Senior Leaving Certificate, 1943, 1943
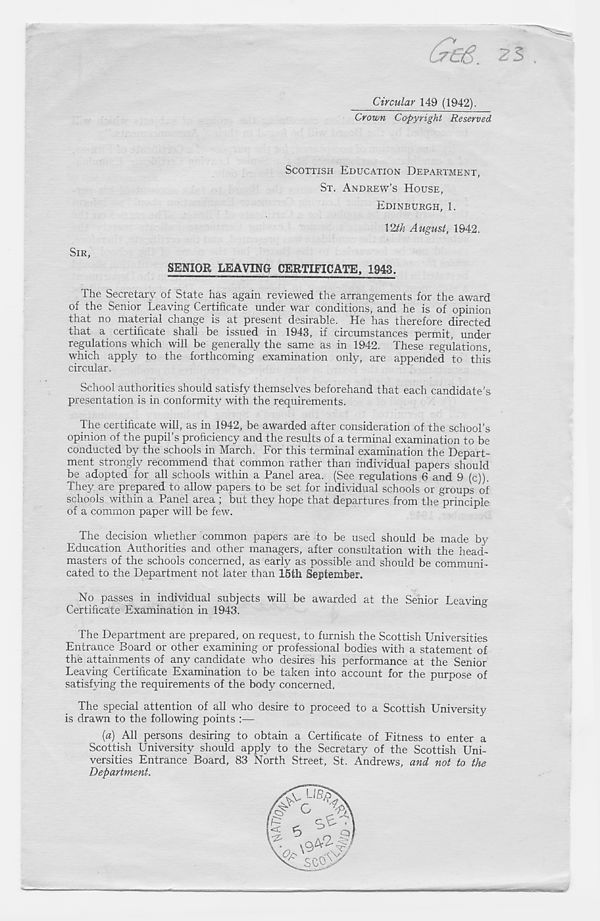
V
Circular 149 (1942).
Crown Copyright Reserved
SCOTTISH EDUCATION DEPARTMENT,
ST. ANDREW’S HOUSE,
EDINBURGH, 1.
12th August, 1942.
SIR,
SENIOR LEAVING CERTIFICATE, 1943.
The Secretary of State has again reviewed the arrangements for the award
of the Senior Leaving Certificate under war conditions, and he is of opinion
that no material change is at present desirable. He has therefore directed
that a certificate shall be issued in 1943, if circumstances permit, under
regulations which will be generally the same as in 1942. These regulations,
which apply to the forthcoming examination only, are appended to this
circular.
School authorities should satisfy themselves beforehand that each candidate’s
presentation is in conformity with the requirements.
The certificate will, as in 1942, be awarded after consideration of the school’s
opinion of the pupil’s proficiency and the results of a terminal examination to be
conducted by the schools in March. For this terminal examination the Depart-
ment strongly recommend that common rather than individual papers should
be adopted for all schools within a Panel area. (See regulations 6 and 9 (c)).
They are prepared to allow papers to be set for individual schools or groups of
schools within a Panel area ; but they hope that departures from the principle
of a common paper will be few.
The decision whether common papers are to be used should be made by
Education Authorities and other managers, after consultation with the head-
masters of the schools concerned, as early as possible and should be communi-
cated to the Department not later than 15th September.
No passes in individual subjects will be awarded at the Senior Leaving
Certificate Examination in 1943.
The Department are prepared, on request, to furnish the Scottish Universities
Entrance Board or other examining or professional bodies with a statement of
the attainments of any candidate who desires his performance at the Senior
Leaving Certificate Examination to be taken into account for the purpose of
satisfying the requirements of the body concerned.
The special attention of all who desire to proceed to a Scottish University
is drawn to the following points :—
{a) All persons desiring to obtain a Certificate of Fitness to enter a
Scottish University should apply to the Secretary of the Scottish Uni-
versities Entrance Board, 83 North Street, St. Andrews, and not to the
Department.